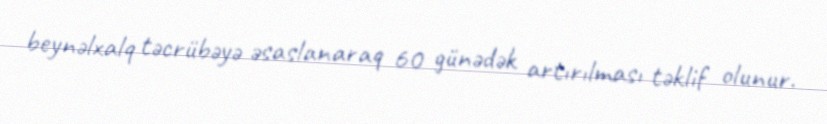
beynəlxalq təcrübəyə əsaslanaraq 60 günədək artırılması təklif olunur.